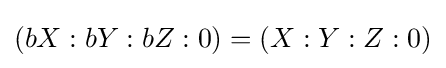
(bX:bY:bZ:0)=(X:Y:Z:0)